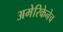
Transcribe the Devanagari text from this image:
अमेरिकेनेच